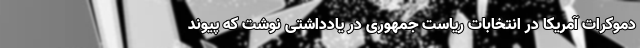
دموکرات آمریکا در انتخابات ریاست جمهوری در یادداشتی نوشت که پیوند